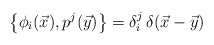
\begin{align*}\bigl\{\phi_i(\vec x),p^j(\vec y)\bigr\}=\delta_i^j\,\delta(\vec x-\vec y)\end{align*}